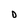
Character: D